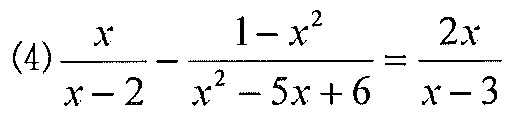
(4)\(\dfrac{x}{x - 2}-\dfrac{1 - x^{2}}{x^{2}-5x + 6}=\dfrac{2x}{x - 3}\)